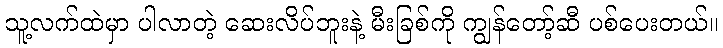
သူ့လက်ထဲမှာ ပါလာတဲ့ ဆေးလိပ်ဘူးနဲ့ မီးခြစ်ကို ကျွန်တော့်ဆီ ပစ်ပေးတယ်။